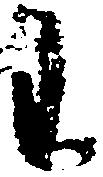
わ